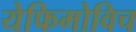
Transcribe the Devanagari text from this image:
येफिमोविच